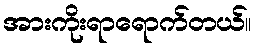
အားကိုးရာရောက်တယ်။